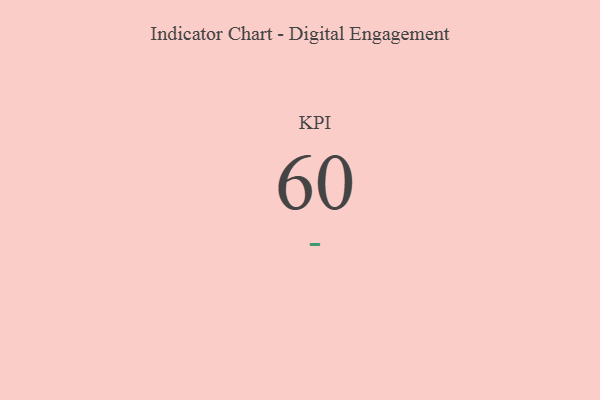
{"axis": {"x": "KPI", "y": "Value"}, "legend": [""], "data": [{"x": "KPI", "y": 60, "type": ""}]}